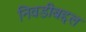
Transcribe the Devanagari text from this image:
निवडीबद्दल